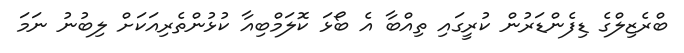
ބްރެޒިލްގެ ޑިފެންޑަރުން ކުރީގައި ތިއްބާ އެ ބޯޅަ ކޮލަމްބިއާ ކުޅުންތެރިއަކަށް ލިބުނު ނަމަ